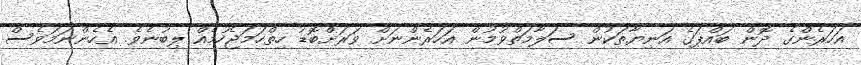
އަހަރެންގެ ދޮން ބައްޕަގެ އަނިޔާތަކުން ސަލާމަތްވުމުން އަހަރެންނަށް ވަރަށްބޮޑު ހިތްހަމަޖެހުމެއް ލިބުނެވެ. އެހެންނަމަވެސް